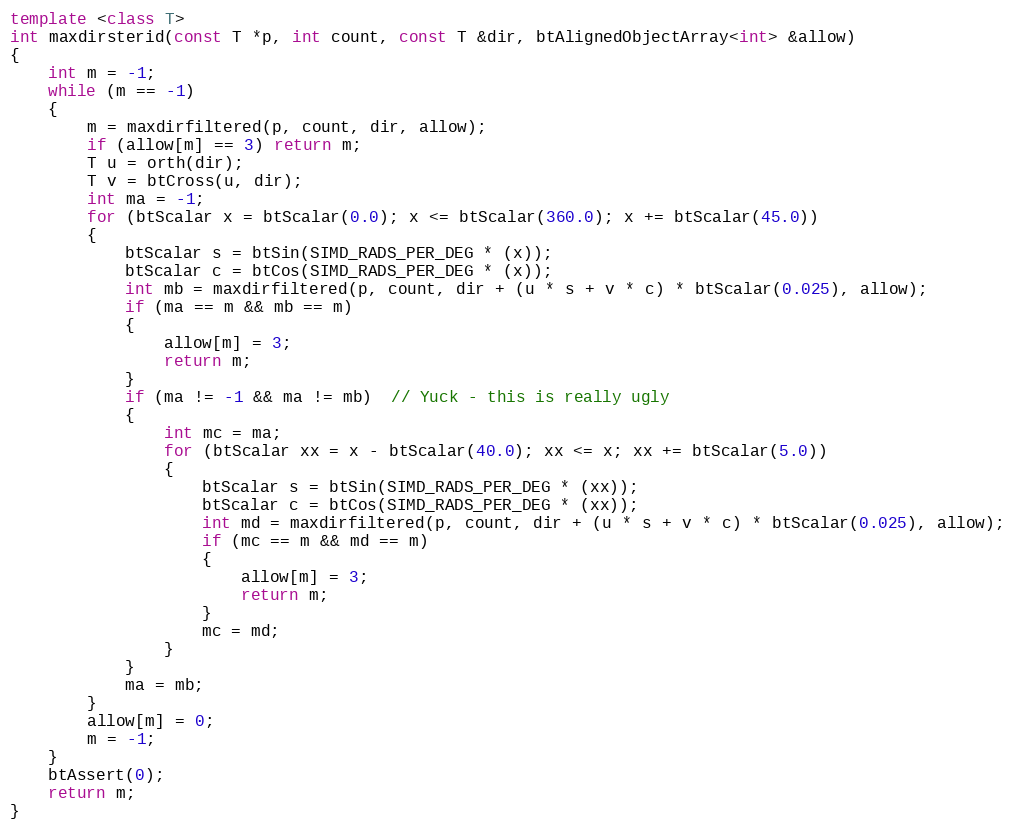
Language: C++
template <class T>
int maxdirsterid(const T *p, int count, const T &dir, btAlignedObjectArray<int> &allow)
{
	int m = -1;
	while (m == -1)
	{
		m = maxdirfiltered(p, count, dir, allow);
		if (allow[m] == 3) return m;
		T u = orth(dir);
		T v = btCross(u, dir);
		int ma = -1;
		for (btScalar x = btScalar(0.0); x <= btScalar(360.0); x += btScalar(45.0))
		{
			btScalar s = btSin(SIMD_RADS_PER_DEG * (x));
			btScalar c = btCos(SIMD_RADS_PER_DEG * (x));
			int mb = maxdirfiltered(p, count, dir + (u * s + v * c) * btScalar(0.025), allow);
			if (ma == m && mb == m)
			{
				allow[m] = 3;
				return m;
			}
			if (ma != -1 && ma != mb)  // Yuck - this is really ugly
			{
				int mc = ma;
				for (btScalar xx = x - btScalar(40.0); xx <= x; xx += btScalar(5.0))
				{
					btScalar s = btSin(SIMD_RADS_PER_DEG * (xx));
					btScalar c = btCos(SIMD_RADS_PER_DEG * (xx));
					int md = maxdirfiltered(p, count, dir + (u * s + v * c) * btScalar(0.025), allow);
					if (mc == m && md == m)
					{
						allow[m] = 3;
						return m;
					}
					mc = md;
				}
			}
			ma = mb;
		}
		allow[m] = 0;
		m = -1;
	}
	btAssert(0);
	return m;
}